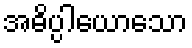
အဓိပ္ပါယောသော